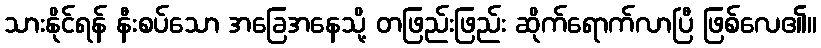
သားနိုင်ရန် နီးစပ်သော အခြေအနေသို့ တဖြည်းဖြည်း ဆိုက်ရောက်လာပြီ ဖြစ်လေ၏။